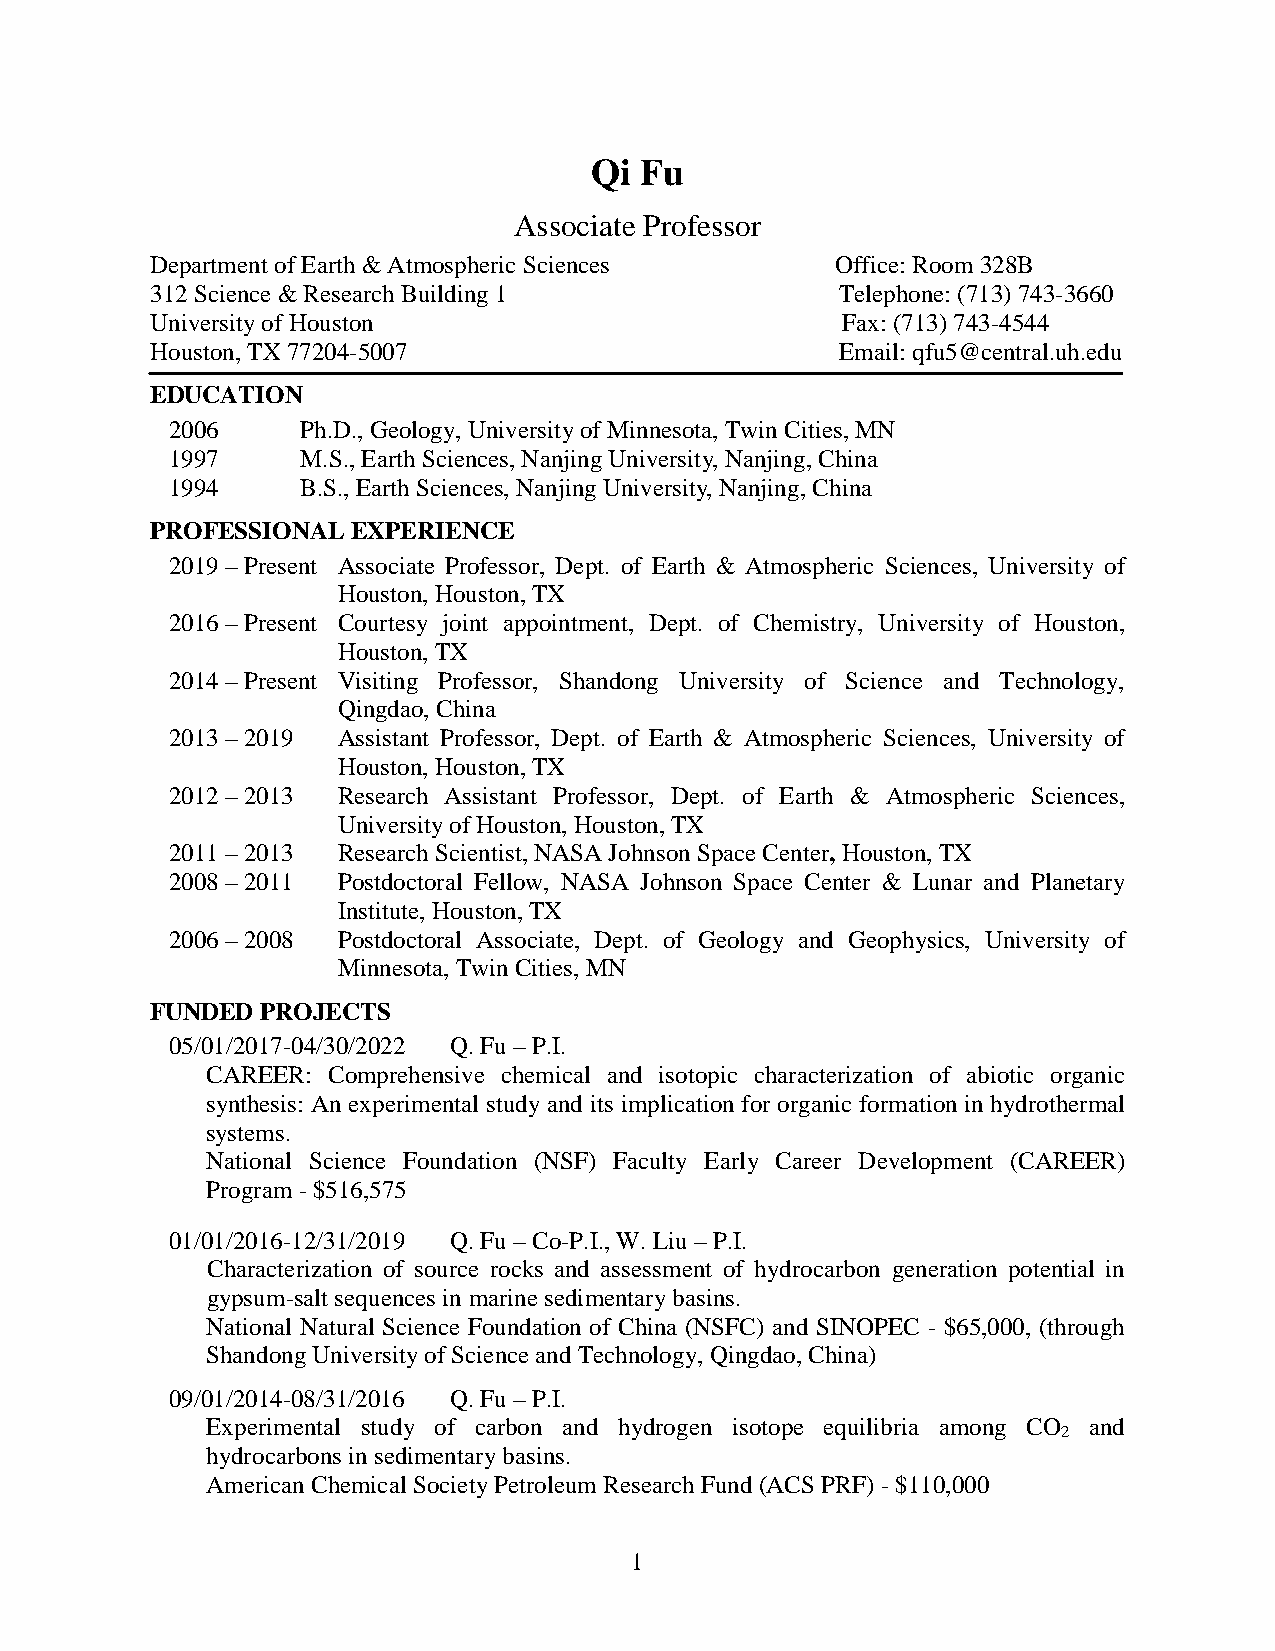
Qi Fu
 Associate Professor
 Department of Earth & Atmospheric Sciences   Office: Room 328B
 312 Science & Research Building 1             Telephone: (713) 743-3660
 University of Houston                         Fax: (713) 743-4544
 Houston, TX 77204-5007                        Email: qfu5@central.uh.edu
 EDUCATION
 2006     Ph.D., Geology, University of Minnesota, Twin Cities, MN
 1997     M.S., Earth Sciences, Nanjing University, Nanjing, China
 1994     B.S., Earth Sciences, Nanjing University, Nanjing, China
 PROFESSIONAL EXPERIENCE
 2019 – Present Associate Professor, Dept. of Earth & Atmospheric Sciences, University of
 Houston, Houston, TX
 2016 – Present Courtesy joint appointment, Dept. of Chemistry, University of Houston,
 Houston, TX
 2014 – Present Visiting Professor, Shandong University of Science and Technology,
 Qingdao, China
 2013 – 2019 Assistant Professor, Dept. of Earth & Atmospheric Sciences, University of
 Houston, Houston, TX
 2012 – 2013 Research Assistant Professor, Dept. of Earth & Atmospheric Sciences,
 University of Houston, Houston, TX
 2011 – 2013 Research Scientist, NASA Johnson Space Center, Houston, TX
 2008 – 2011 Postdoctoral Fellow, NASA Johnson Space Center & Lunar and Planetary
 Institute, Houston, TX
 2006 – 2008 Postdoctoral Associate, Dept. of Geology and Geophysics, University of
 Minnesota, Twin Cities, MN
 FUNDED PROJECTS
 05/01/2017-04/30/2022 Q. Fu – P.I.
 CAREER: Comprehensive chemical and isotopic characterization of abiotic organic
 synthesis: An experimental study and its implication for organic formation in hydrothermal
 systems.
 National Science Foundation (NSF) Faculty Early Career Development (CAREER)
 Program - $516,575
 01/01/2016-12/31/2019 Q. Fu – Co-P.I., W. Liu – P.I.
 Characterization of source rocks and assessment of hydrocarbon generation potential in
 gypsum-salt sequences in marine sedimentary basins.
 National Natural Science Foundation of China (NSFC) and SINOPEC - $65,000, (through
 Shandong University of Science and Technology, Qingdao, China)
 09/01/2014-08/31/2016 Q. Fu – P.I.
 Experimental study of carbon and hydrogen isotope equilibria among CO and
 2
 hydrocarbons in sedimentary basins.
 American Chemical Society Petroleum Research Fund (ACS PRF) - $110,000
 1